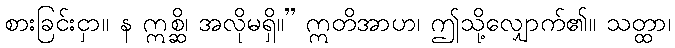
စားခြင်းငှာ။ န ဣစ္ဆိ၊ အလိုမရှိ။” ဣတိအာဟ၊ ဤသို့လျှောက်၏။ သတ္ထာ၊